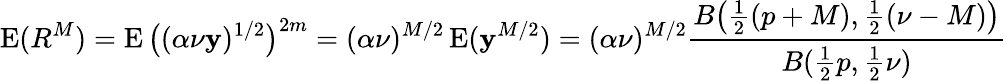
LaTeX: \operatorname{E}(R^{M})=\operatorname{E}{\big(}(\alpha\nu\mathbf{y})^{1/2}{\big)}^{2m}=(\alpha\nu)^{M/2}\operatorname{E}(\mathbf{y}^{M/2})=(\alpha\nu)^{M/2}{\frac{{B{\big(}{\frac{{1}}{{2}}}(p+M),{\frac{{1}}{{2}}}(\nu-M){\big)}}}{{B({\frac{{1}}{{2}}}p,{\frac{{1}}{{2}}}\nu)}}}